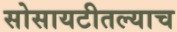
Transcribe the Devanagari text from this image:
सोसायटीतल्याच